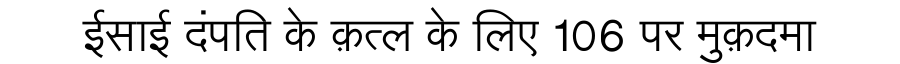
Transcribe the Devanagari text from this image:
ईसाई दंपति के क़त्ल के लिए 106 पर मुक़दमा